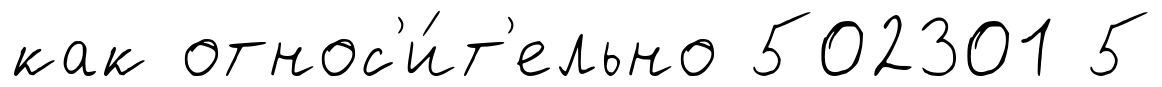
как относ'и́т'ельно 502301 5